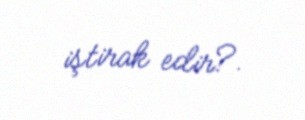
iştirak edir?.